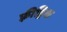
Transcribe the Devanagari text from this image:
फ़्रीड्रिक